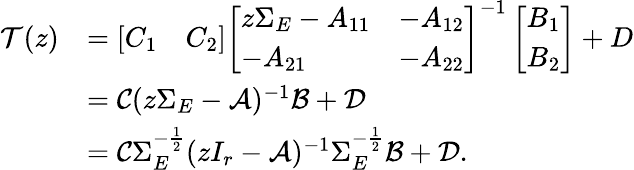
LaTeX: \begin{array}{rl}{\mathcal{T}(z)}&{=\left[\begin{array}{ll}{C_{1}}&{C_{2}}\end{array}\right]\left[\begin{array}{ll}{z\Sigma_{E}-A_{11}}&{-A_{12}}\\ {-A_{21}}&{-A_{22}}\end{array}\right]^{-1}\left[\begin{array}{l}{B_{1}}\\ {B_{2}}\end{array}\right]+D}\\ &{=\mathcal{C}(z\Sigma_{E}-\mathcal{A})^{-1}\mathcal{B}+\mathcal{D}}\\ &{=\mathcal{C}\Sigma_{E}^{-\frac{1}{2}}(zI_{r}-\mathcal{A})^{-1}\Sigma_{E}^{-\frac{1}{2}}\mathcal{B}+\mathcal{D}.}\end{array}